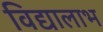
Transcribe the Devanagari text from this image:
विद्यालाभ